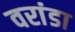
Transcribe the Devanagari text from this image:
वरांडा